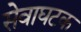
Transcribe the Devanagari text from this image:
सेवाघटक